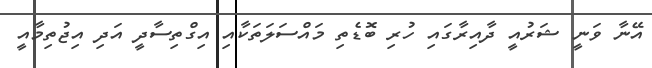
އޭނާ ވަނީ ޝަރުއީ ދާއިރާގައި ހުރި ބޮޑެތި މައްސަލަތަކާއި އިގްތިސާދީ އަދި އިޖުތިމާއީ